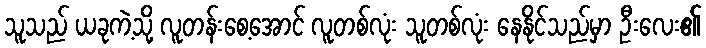
သူသည် ယခုကဲ့သို့ လူတန်းစေ့အောင် လူတစ်လုံး သူတစ်လုံး နေနိုင်သည်မှာ ဦးလေး၏